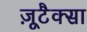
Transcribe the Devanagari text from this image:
ज़ूटैक्सा